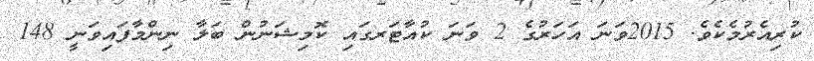
ކުރިއެރުމެކެވެ. 2015ވަނަ އަހަރުގެ 2 ވަނަ ކުއާޓަރގައި ކޮމިޝަނުން ބަލާ ނިންމާފައިވަނީ 148